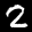
Label: 2